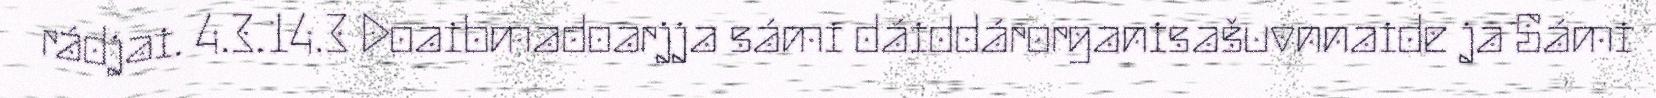
rádjai. 4.3.14.3 Doaibmadoarjja sámi dáiddárorganisašuvnnaide ja Sámi